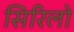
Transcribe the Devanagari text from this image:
सिरिलो